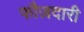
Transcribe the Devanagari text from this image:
फौज़दारी